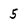
Character: 5